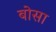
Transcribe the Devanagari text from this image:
बोसा